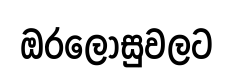
ඔරලෝසුවලට